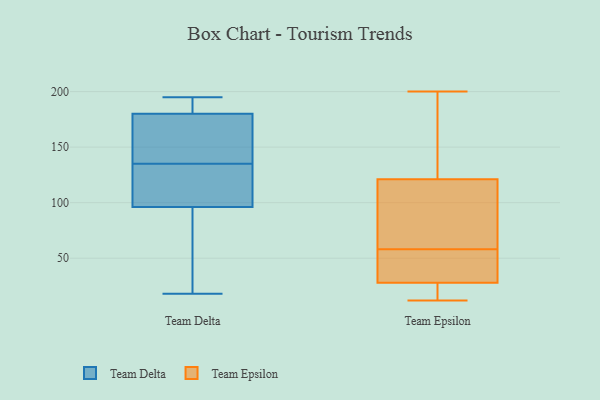
{"axis": {"x": "Satisfaction Score", "y": "Value"}, "legend": ["Team Delta", "Team Epsilon"], "data": [{"x": "", "y": 181, "type": "Team Delta"}, {"x": "", "y": 101, "type": "Team Delta"}, {"x": "", "y": 136, "type": "Team Delta"}, {"x": "", "y": 180, "type": "Team Delta"}, {"x": "", "y": 180, "type": "Team Delta"}, {"x": "", "y": 175, "type": "Team Delta"}, {"x": "", "y": 195, "type": "Team Delta"}, {"x": "", "y": 125, "type": "Team Delta"}, {"x": "", "y": 149, "type": "Team Delta"}, {"x": "", "y": 78, "type": "Team Delta"}, {"x": "", "y": 96, "type": "Team Delta"}, {"x": "", "y": 134, "type": "Team Delta"}, {"x": "", "y": 18, "type": "Team Delta"}, {"x": "", "y": 50, "type": "Team Delta"}, {"x": "", "y": 200, "type": "Team Epsilon"}, {"x": "", "y": 195, "type": "Team Epsilon"}, {"x": "", "y": 92, "type": "Team Epsilon"}, {"x": "", "y": 35, "type": "Team Epsilon"}, {"x": "", "y": 121, "type": "Team Epsilon"}, {"x": "", "y": 28, "type": "Team Epsilon"}, {"x": "", "y": 54, "type": "Team Epsilon"}, {"x": "", "y": 48, "type": "Team Epsilon"}, {"x": "", "y": 82, "type": "Team Epsilon"}, {"x": "", "y": 16, "type": "Team Epsilon"}, {"x": "", "y": 17, "type": "Team Epsilon"}, {"x": "", "y": 12, "type": "Team Epsilon"}, {"x": "", "y": 164, "type": "Team Epsilon"}, {"x": "", "y": 62, "type": "Team Epsilon"}]}